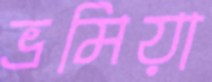
ভ্রমিয়া